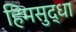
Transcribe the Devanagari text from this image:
हिमसुद्धा